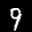
Label: 9